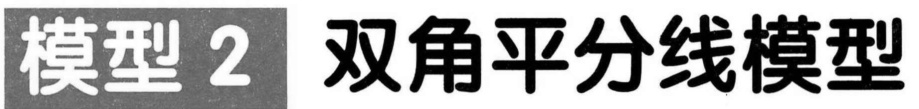
模型 2 双角平分线模型